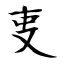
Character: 叓